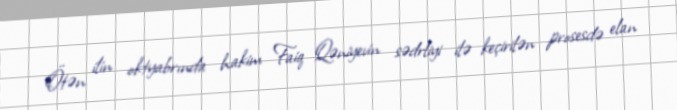
Ötən ilin oktyabrında hakim Faiq Qəniyevin sədrliyi ilə keçirilən prosesdə elan